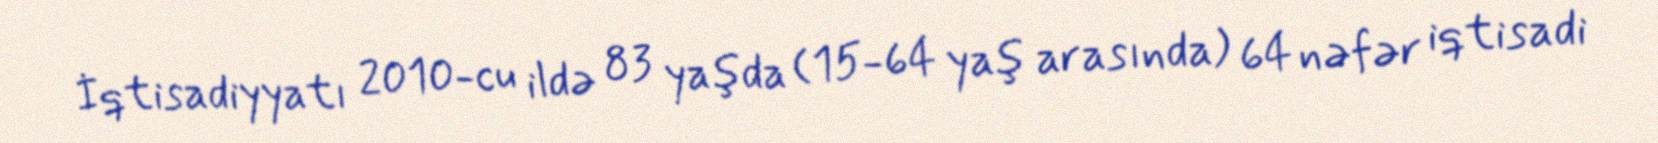
İqtisadiyyatı 2010-cu ildə 83 yaşda (15-64 yaş arasında) 64 nəfər iqtisadi